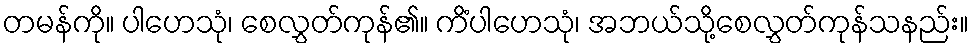
တမန်ကို။ ပါဟေသုံ၊ စေလွှတ်ကုန်၏။ ကိံပါဟေသုံ၊ အဘယ်သို့စေလွှတ်ကုန်သနည်း။